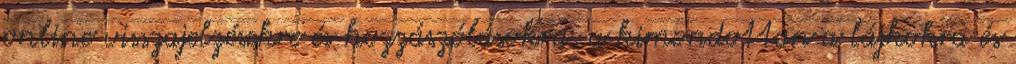
online visszajelzésekre és hozzászólásokra, a kimondottan a lájkokra és